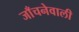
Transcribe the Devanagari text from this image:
जाँचनेवाली